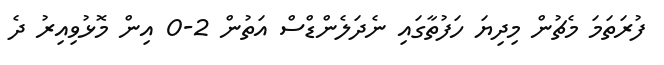
ފުރަތަމަ މެޗުން މިދިޔަ ހަފުތާގައި ނެދަލެންޑްސް އަތުން 2-0 އިން މޮޅުވިއިރު ދެ